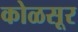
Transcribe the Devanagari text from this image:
कोळसूर